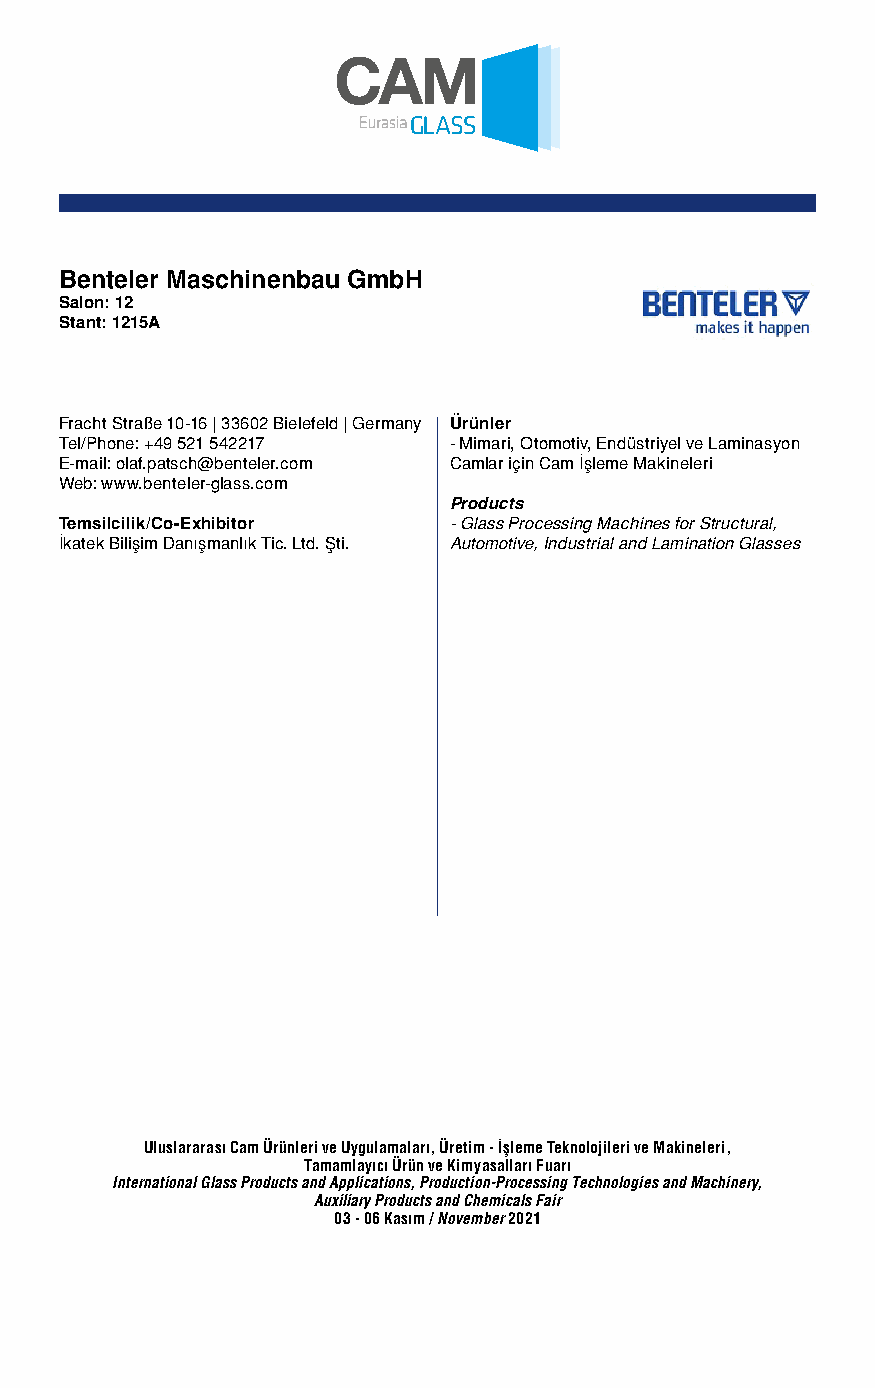
Benteler Maschinenbau GmbH
 Salon: 12
 Stant: 1215A
 Fracht Straße 10-16 | 33602 Bielefeld | Germany Ürünler
 Tel/Phone: +49 521 542217 - Mimari, Otomotiv, Endüstriyel ve Laminasyon
 E-mail: olaf.patsch@benteler.com Camlar için Cam İşleme Makineleri
 Web: www.benteler-glass.com
 Products
 Temsilcilik/Co-Exhibitor  - Glass Processing Machines for Structural,
 İkatek Bilişim Danışmanlık Tic. Ltd. Şti. Automotive, Industrial and Lamination Glasses
 Uluslararası Cam Ürünleri ve Uygulamaları, Üretim - İşleme Teknolojileri ve Makineleri,
 Tamamlayıcı Ürün ve Kimyasalları Fuarı
 International Glass Products and Applications, Production-Processing Technologies and Machinery,
 Auxiliary Products and Chemicals Fair
 03 - 06 Kasım / November 2021